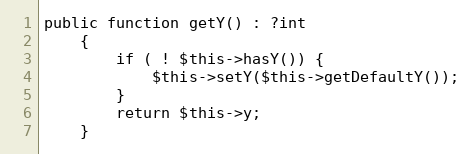
Language: PHP
public function getY() : ?int
    {
        if ( ! $this->hasY()) {
            $this->setY($this->getDefaultY());
        }
        return $this->y;
    }